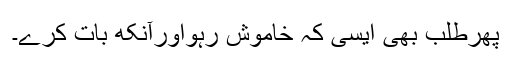
پھرطلب بھی ایسی کہ خاموش رہواورآنکھ بات کرے۔